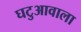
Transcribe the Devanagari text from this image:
घटुआवाला